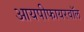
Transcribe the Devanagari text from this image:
आयपीफायरवॉल